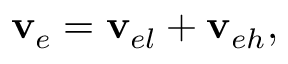
{ \bf v } _ { e } = { \bf v } _ { e l } + { \bf v } _ { e h } ,